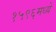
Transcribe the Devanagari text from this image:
१५९६मध्ये